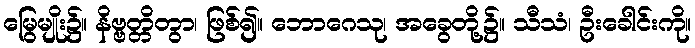
မြွေမျိုး၌။ နိဗ္ဗတ္တိတွာ၊ ဖြစ်၍။ ဘောဂေသု၊ အခွေတို့၌။ သီသံ၊ ဦးခေါင်းကို။